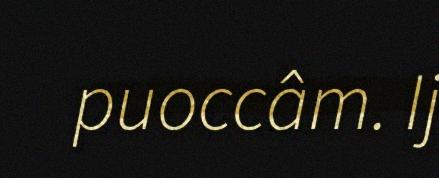
puoccâm. Ij